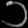
Digit: ၁